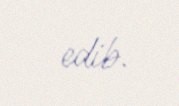
edib.